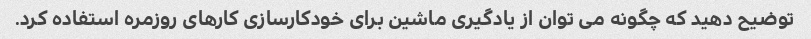
توضیح دهید که چگونه می توان از یادگیری ماشین برای خودکارسازی کارهای روزمره استفاده کرد.